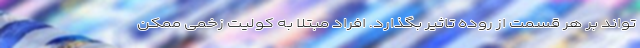
تواند بر هر قسمت از روده تاثیر بگذارد. افراد مبتلا به کولیت زخمی ممکن